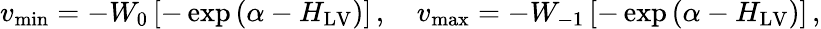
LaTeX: v_{\operatorname*{min}}=-W_{0}\left[-\exp\left(\alpha-H_{\mathrm{LV}}\right)\right]\, ,\quad v_{\operatorname*{max}}=-W_{-1}\left[-\exp\left(\alpha-H_{\mathrm{LV}}\right)\right]\, ,